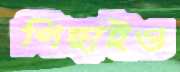
পিছাইও